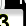
Digit: 3